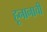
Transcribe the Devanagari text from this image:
हूनानाची